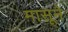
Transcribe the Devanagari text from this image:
मासूने